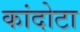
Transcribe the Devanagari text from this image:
कांदोटा